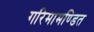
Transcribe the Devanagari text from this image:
गरिमामण्डित